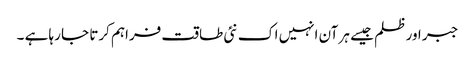
جبر اور ظلم جیسے ہر آن انہیں اک نئی طاقت فراہم کرتا جا رہا ہے ۔